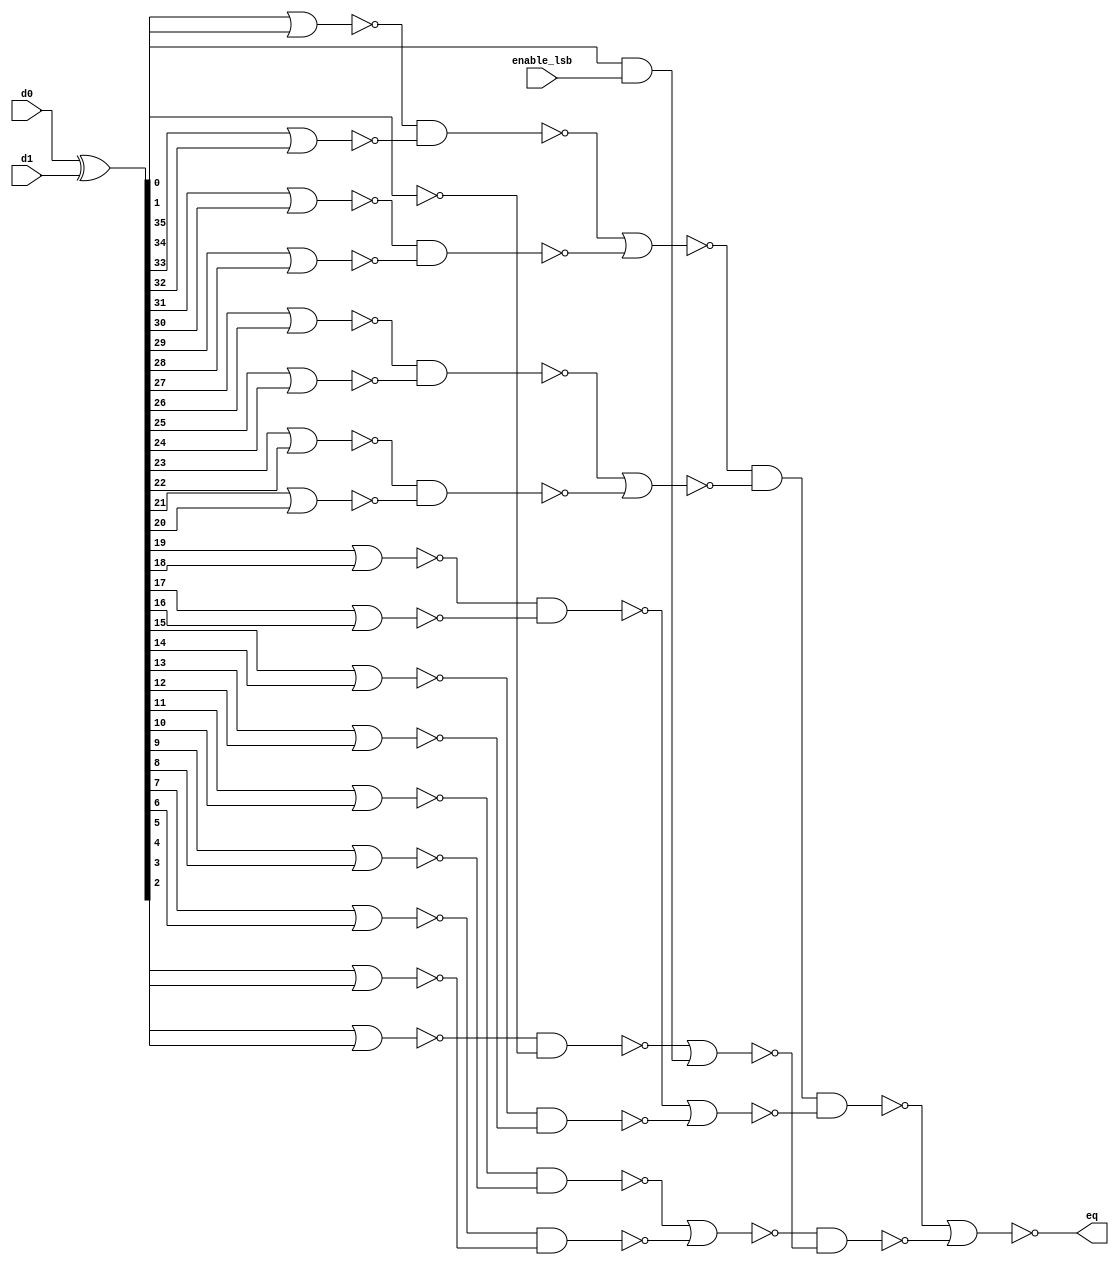
module tri_addrcmp(
   enable_lsb,
   d0,
   d1,
   eq
);

   input        enable_lsb;		// when "0" the LSB is disabled
   input [0:35] d0;
   input [0:35] d1;
   output       eq;

   // tri_addrcmp

      parameter    tiup = 1'b1;
      parameter    tidn = 1'b0;

      wire [0:35]  eq01_b;
      wire [0:18]  eq02;
      wire [0:9]   eq04_b;
      wire [0:4]   eq08;
      wire [0:1]   eq24_b;

      assign eq01_b[0:35] = (d0[0:35] ^ d1[0:35]);

      assign eq02[0] = (~(eq01_b[0] | eq01_b[1]));
      assign eq02[1] = (~(eq01_b[2] | eq01_b[3]));
      assign eq02[2] = (~(eq01_b[4] | eq01_b[5]));
      assign eq02[3] = (~(eq01_b[6] | eq01_b[7]));
      assign eq02[4] = (~(eq01_b[8] | eq01_b[9]));
      assign eq02[5] = (~(eq01_b[10] | eq01_b[11]));
      assign eq02[6] = (~(eq01_b[12] | eq01_b[13]));
      assign eq02[7] = (~(eq01_b[14] | eq01_b[15]));
      assign eq02[8] = (~(eq01_b[16] | eq01_b[17]));
      assign eq02[9] = (~(eq01_b[18] | eq01_b[19]));
      assign eq02[10] = (~(eq01_b[20] | eq01_b[21]));
      assign eq02[11] = (~(eq01_b[22] | eq01_b[23]));
      assign eq02[12] = (~(eq01_b[24] | eq01_b[25]));
      assign eq02[13] = (~(eq01_b[26] | eq01_b[27]));
      assign eq02[14] = (~(eq01_b[28] | eq01_b[29]));
      assign eq02[15] = (~(eq01_b[30] | eq01_b[31]));
      assign eq02[16] = (~(eq01_b[32] | eq01_b[33]));
      assign eq02[17] = (~(eq01_b[34]));
      assign eq02[18] = (~(eq01_b[35] & enable_lsb));

      assign eq04_b[0] = (~(eq02[0] & eq02[1]));
      assign eq04_b[1] = (~(eq02[2] & eq02[3]));
      assign eq04_b[2] = (~(eq02[4] & eq02[5]));
      assign eq04_b[3] = (~(eq02[6] & eq02[7]));
      assign eq04_b[4] = (~(eq02[8] & eq02[9]));
      assign eq04_b[5] = (~(eq02[10] & eq02[11]));
      assign eq04_b[6] = (~(eq02[12] & eq02[13]));
      assign eq04_b[7] = (~(eq02[14] & eq02[15]));
      assign eq04_b[8] = (~(eq02[16] & eq02[17]));
      assign eq04_b[9] = (~(eq02[18]));

      assign eq08[0] = (~(eq04_b[0] | eq04_b[1]));
      assign eq08[1] = (~(eq04_b[2] | eq04_b[3]));
      assign eq08[2] = (~(eq04_b[4] | eq04_b[5]));
      assign eq08[3] = (~(eq04_b[6] | eq04_b[7]));
      assign eq08[4] = (~(eq04_b[8] | eq04_b[9]));

      assign eq24_b[0] = (~(eq08[0] & eq08[1] & eq08[2]));
      assign eq24_b[1] = (~(eq08[3] & eq08[4]));

      assign eq = (~(eq24_b[0] | eq24_b[1]));		// output
endmodule